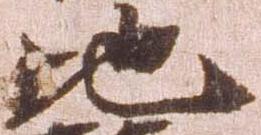
地